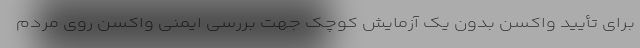
برای تأیید واکسن بدون یک آزمایش کوچک جهت بررسی ایمنی واکسن روی مردم